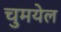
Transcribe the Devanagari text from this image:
चुमयेल